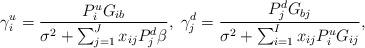
LaTeX: \begin{align*} \gamma_{i}^u = \frac{ P_i^u G_{ib} }{ \sigma^2 + \sum_{j=1}^J x_{ij} P_j^d\beta}, \; \gamma_{j}^d = \frac{ P_j^d G_{bj} }{ \sigma^2 + \sum_{i=1}^I x_{ij} P_i^u G_{ij}},\end{align*}